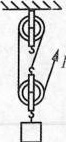
D.滑轮组的机械效率